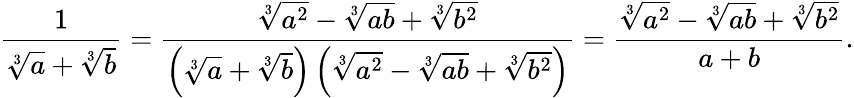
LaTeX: {\frac{1}{{\sqrt[{3}]{a}}+{\sqrt[{3}]{b}}}}={\frac{{\sqrt[{3}]{a^{2}}}-{\sqrt[{3}]{ab}}+{\sqrt[{3}]{b^{2}}}}{\left({\sqrt[{3}]{a}}+{\sqrt[{3}]{b}}\right)\left({\sqrt[{3}]{a^{2}}}-{\sqrt[{3}]{ab}}+{\sqrt[{3}]{b^{2}}}\right)}}={\frac{{\sqrt[{3}]{a^{2}}}-{\sqrt[{3}]{ab}}+{\sqrt[{3}]{b^{2}}}}{a+b}}.